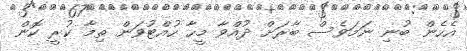
އެހެން ބުނި ނަމަވެސް ބާރަށް ދުއްވާ މީހާ ހުއްޓުވަން ތިމާ ކުރީ ކޮން